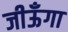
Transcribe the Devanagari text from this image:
जीऊँगा